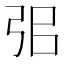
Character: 𢏈